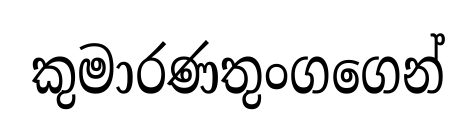
කුමාරණතුංගගෙන්